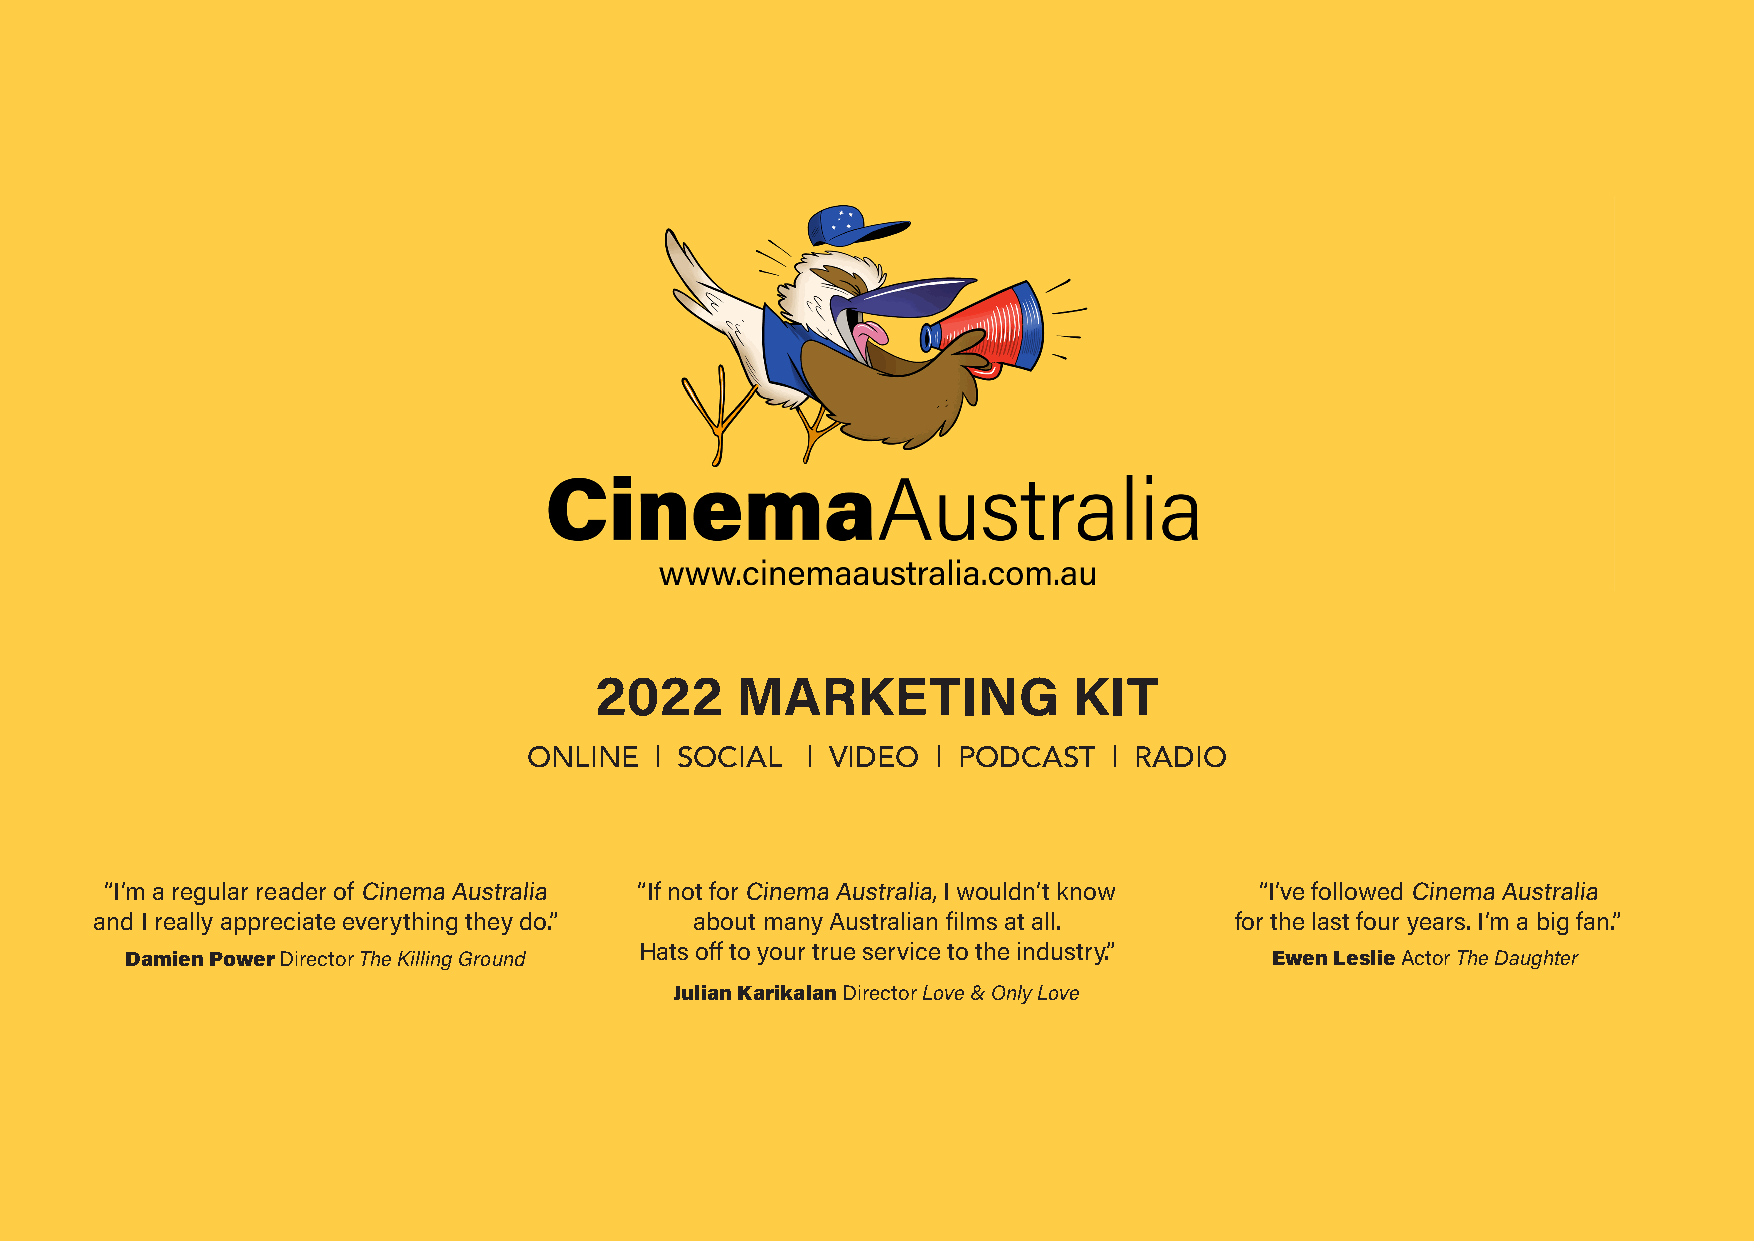
2022      MARKETING             KIT
 ONLINE  | SOCIAL  | VIDEO  | PODCAST   | RADIO
 “I’m a regular reader of Cinema Australia “If not for Cinema Australia, I wouldn’t know “I’ve followed Cinema Australia
 and I really appreciate everything they do.” about many Australian films at all. for the last four years. I’m a big fan.”
 Hats off to your true service to the industry.”
 Damien Power Director The Killing Ground                                    Ewen Leslie Actor The Daughter
 Julian Karikalan Director Love & Only Love